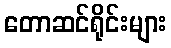
တောဆင်ရိုင်းများ